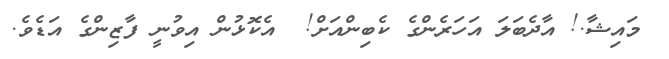
މައިޝާ.! އާދެބަލަ އަހަރެންގެ ކެބިންއަށް!  އެކޮޅުން އިވުނީ ފާޒިންގެ އަޑެވެ.